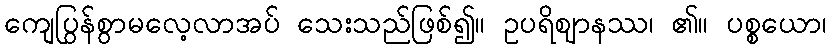
ကျေပြွန်စွာမလေ့လာအပ် သေးသည်ဖြစ်၍။ ဥပရိဈာနဿ၊ ၏။ ပစ္စယော၊